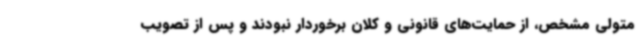
متولی مشخص، از حمایت‌های قانونی و کلان برخوردار نبودند و پس از تصویب